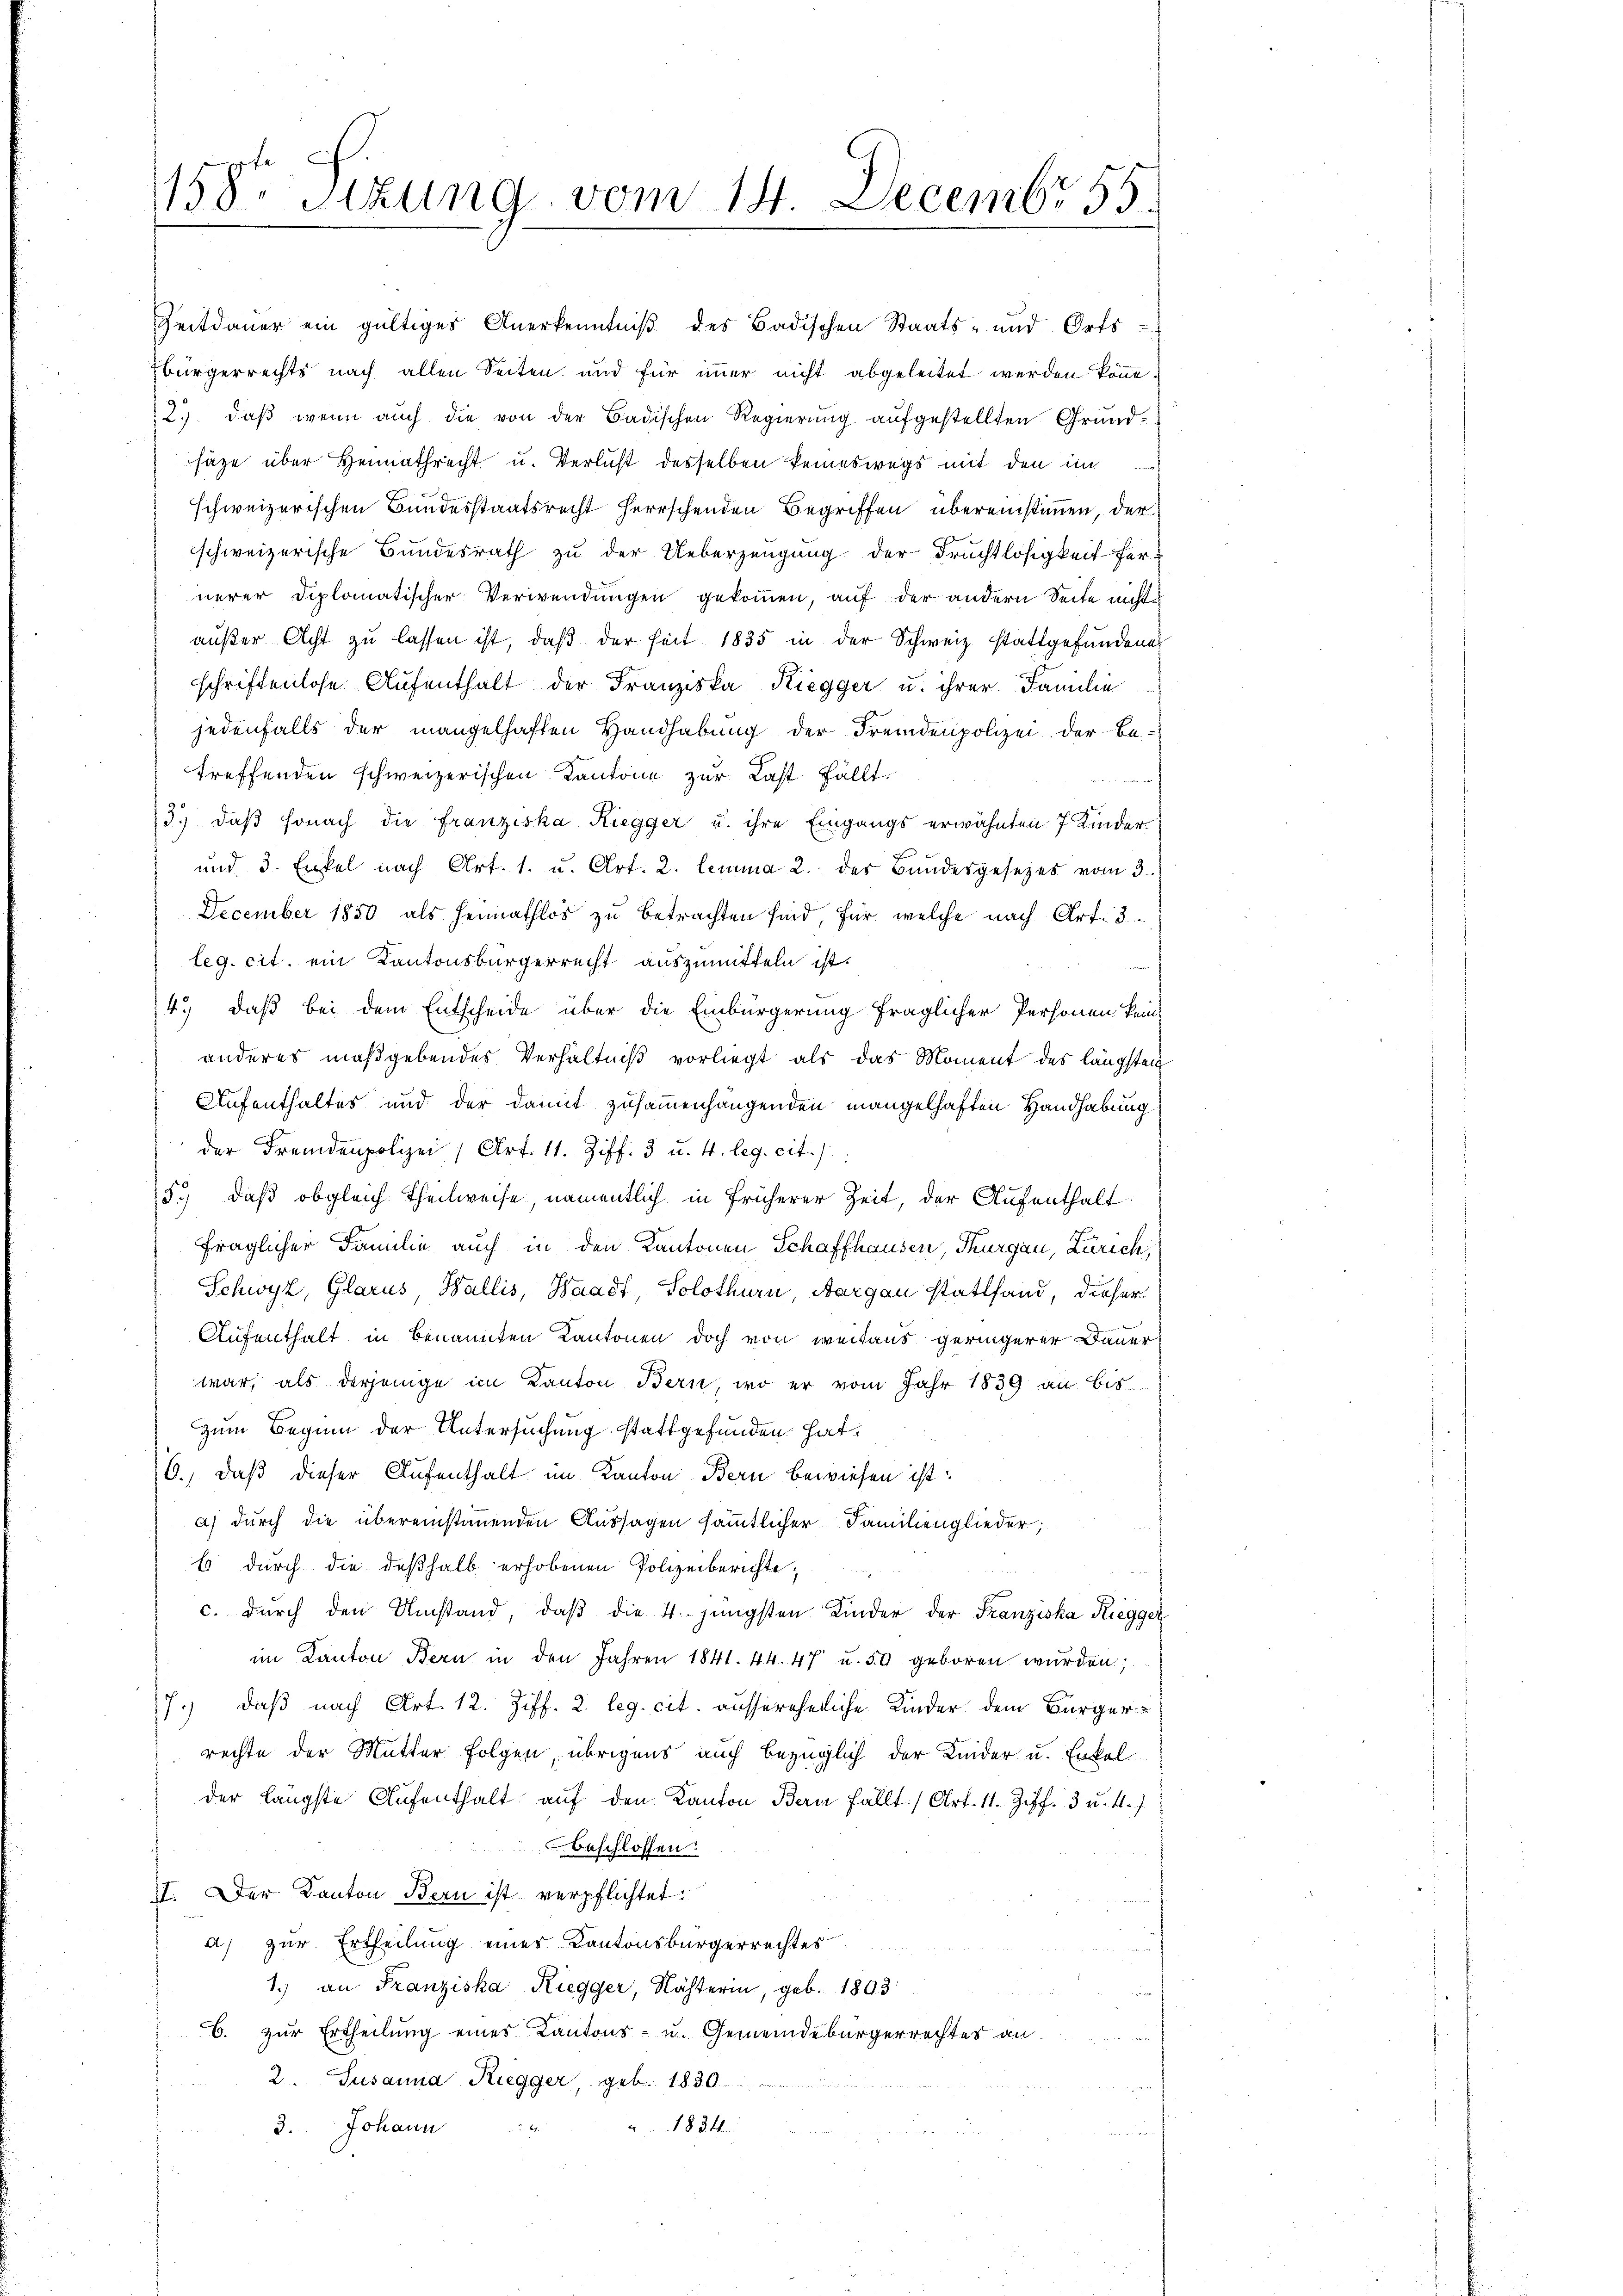
158te Sizung vom 14. Decembr 55.

Zeitdauer ein gültiges Anerkenntniβ des Badischen Staats- und Orts-
Ebürgerrechts nach allen Seiten und für immer nicht abgeleitet werden könne
2.) daß wenn auch die von der Badischen Regierung aufgestellten Grundsäze über Heimathrecht u. Verlust desselben keineswegs mit den im
schweizerischen Bundesstaatsrecht herrschenden Begriffen übereinstimmen, der
schweizerische Bundesrath zu der Ueberzeugung der Fruchtlosigkeit fernerer Diplomatischer Verwendungen gekommen, auf der andern Seite nicht
außer Acht zu lassen ist, daß der seit 1835 in der Schweiz stattgefundenes
schriftenlose Aufenthalt der Franziska Kiegger u. ihrer Familie
jedenfalls der mangelhaften Handhabung der Fremdenpolizei. Der Betreffenden schweizerischen Kantone zur Last fällt.
von den f
3.) daß sonach die Franziska Riegger u. ihre Eingangs erwähnten 7 Kinder
und 3. Enkel nach Art. 1. u. Art. 2. lemma 2. des Bundesgesetzes vom 3.
December 1850 als Heimathlos zu betrachten sind, für welche nach Art. 3
leg. cit. ein Kantonsbürgerrecht auszumitteln ist.
4.) daß bei dem Entscheide über die Einbürgerung fraglicher Personen kein
anderes maßgebendes Verhältniß vorliegt als das Moment des längsten
Aufenthaltes und der damit zusammenhängenden mangelhaften Handhabung
der Fremdenpolizei (Art. 11. Ziff. 3 u. 4. leg. cit.
5.) daß obgleich Theilweise, namentlich in früherer Zeit, der Aufenthalt
fraglicher Familie auch in den Kantonen Schaffhausen, Thurgau, Zürich,
Schwyz, Glarus, Wallis, Waadt, Solothurn, Aargau stattfand, dieser
Aufenthalt in benannten Kantonen doch von weitaus geringerer Dauer
war, als derjenige im Kanton Bern, wo er vom Jahr 1839 an bis
zum Beginn der Untersuchung stattgefunden hat,
(6., daß dieser Aufenthalt im Kanton Bern bewiesen ist:
a) durch die übereinstimmenden Aussagen sämmtlicher Familienglieder;
b durch die deßhalb erhobenen Polizeiberichte,
c. dŭrch den Umstand, daβ die 4. jüngsten Kinder der Franziska Riegger
im Kanton Bern in den Jahren 1841. 44. 47 u. 30 geboren wurden;
7.) daß nach Art. 12. Ziff. 2. leg. cit. aussereheliche Kinder dem Bürgerrechte der Mutter Folgen, übrigens auch bezüglich der Leider u. Enkelder längste Aufenthalt auf den Kanton Bern fällt (Art. 11. Ziff. 3 u. 4.
beschlossen:
17. Der Kanton Bern ist verpflichtet:
a) zur Ertheilung einer Kantonsbürgerrechtes
1.) an Franziska Riegger, Nächterin, geb. 1893
B. zur Ertheilung eines Kantons- u. Gemeindebürgerrechtes an
2. Susanna Ruegger, geb. 1830
1834.
3.. Johann  .. ..